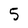
Character: 5